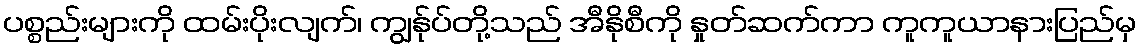
ပစ္စည်းများကို ထမ်းပိုးလျက်၊ ကျွန်ုပ်တို့သည် အီနိုစီကို နှုတ်ဆက်ကာ ကူကူယာနားပြည်မှ